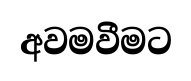
අවමවීමට